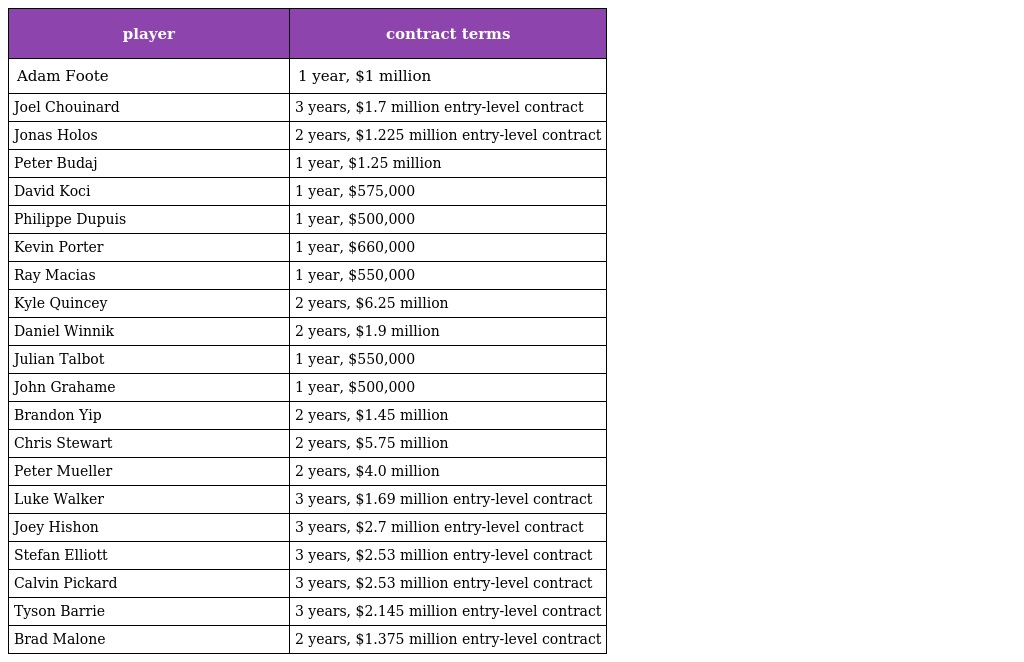
| player | contract terms |
 | --- | --- |
 | Adam Foote | 1 year, $1 million |
 | Joel Chouinard | 3 years, $1.7 million entry-level contract |
 | Jonas Holos | 2 years, $1.225 million entry-level contract |
 | Peter Budaj | 1 year, $1.25 million |
 | David Koci | 1 year, $575,000 |
 | Philippe Dupuis | 1 year, $500,000 |
 | Kevin Porter | 1 year, $660,000 |
 | Ray Macias | 1 year, $550,000 |
 | Kyle Quincey | 2 years, $6.25 million |
 | Daniel Winnik | 2 years, $1.9 million |
 | Julian Talbot | 1 year, $550,000 |
 | John Grahame | 1 year, $500,000 |
 | Brandon Yip | 2 years, $1.45 million |
 | Chris Stewart | 2 years, $5.75 million |
 | Peter Mueller | 2 years, $4.0 million |
 | Luke Walker | 3 years, $1.69 million entry-level contract |
 | Joey Hishon | 3 years, $2.7 million entry-level contract |
 | Stefan Elliott | 3 years, $2.53 million entry-level contract |
 | Calvin Pickard | 3 years, $2.53 million entry-level contract |
 | Tyson Barrie | 3 years, $2.145 million entry-level contract |
 | Brad Malone | 2 years, $1.375 million entry-level contract |